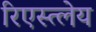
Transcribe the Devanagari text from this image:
रिएस्त्लेय